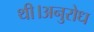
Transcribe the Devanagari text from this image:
थी।अनुरोध